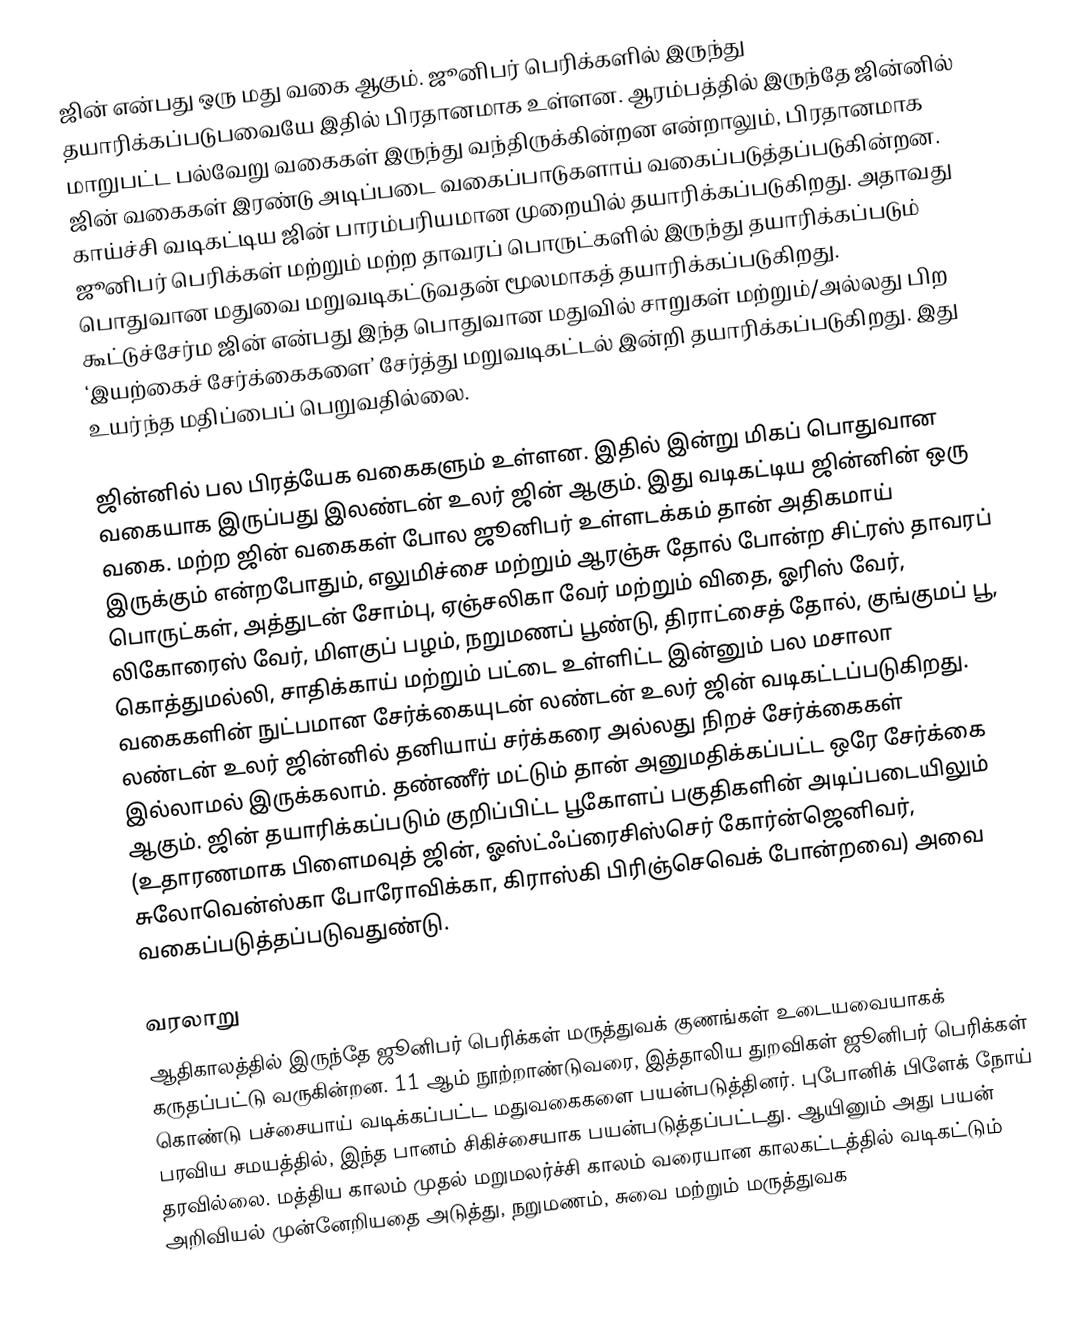
ஜின் என்பது ஒரு மது வகை ஆகும். ஜூனிபர் பெரிக்களில் இருந்து தயாரிக்கப்படுபவையே இதில் பிரதானமாக உள்ளன. ஆரம்பத்தில் இருந்தே ஜின்னில் மாறுபட்ட பல்வேறு வகைகள் இருந்து வந்திருக்கின்றன என்றாலும், பிரதானமாக ஜின் வகைகள் இரண்டு அடிப்படை வகைப்பாடுகளாய் வகைப்படுத்தப்படுகின்றன. காய்ச்சி வடிகட்டிய ஜின் பாரம்பரியமான முறையில் தயாரிக்கப்படுகிறது. அதாவது ஜூனிபர் பெரிக்கள் மற்றும் மற்ற தாவரப் பொருட்களில் இருந்து தயாரிக்கப்படும் பொதுவான மதுவை மறுவடிகட்டுவதன் மூலமாகத் தயாரிக்கப்படுகிறது. கூட்டுச்சேர்ம ஜின் என்பது இந்த பொதுவான மதுவில் சாறுகள் மற்றும்/அல்லது பிற ‘இயற்கைச் சேர்க்கைகளை’ சேர்த்து மறுவடிகட்டல் இன்றி தயாரிக்கப்படுகிறது. இது உயர்ந்த மதிப்பைப் பெறுவதில்லை.

ஜின்னில் பல பிரத்யேக வகைகளும் உள்ளன. இதில் இன்று மிகப் பொதுவான வகையாக இருப்பது இலண்டன் உலர் ஜின் ஆகும். இது வடிகட்டிய ஜின்னின் ஒரு வகை. மற்ற ஜின் வகைகள் போல ஜூனிபர் உள்ளடக்கம் தான் அதிகமாய் இருக்கும் என்றபோதும், எலுமிச்சை மற்றும் ஆரஞ்சு தோல் போன்ற சிட்ரஸ் தாவரப் பொருட்கள், அத்துடன் சோம்பு, ஏஞ்சலிகா வேர் மற்றும் விதை, ஓரிஸ் வேர், லிகோரைஸ் வேர், மிளகுப் பழம், நறுமணப் பூண்டு, திராட்சைத் தோல், குங்குமப் பூ, கொத்துமல்லி, சாதிக்காய் மற்றும் பட்டை உள்ளிட்ட இன்னும் பல மசாலா வகைகளின் நுட்பமான சேர்க்கையுடன் லண்டன் உலர் ஜின் வடிகட்டப்படுகிறது. லண்டன் உலர் ஜின்னில் தனியாய் சர்க்கரை அல்லது நிறச் சேர்க்கைகள் இல்லாமல் இருக்கலாம். தண்ணீர் மட்டும் தான் அனுமதிக்கப்பட்ட ஒரே சேர்க்கை ஆகும். ஜின் தயாரிக்கப்படும் குறிப்பிட்ட பூகோளப் பகுதிகளின் அடிப்படையிலும் (உதாரணமாக பிளைமவுத் ஜின், ஓஸ்ட்ஃப்ரைசிஸ்செர் கோர்ன்ஜெனிவர், சுலோவென்ஸ்கா போரோவிக்கா, கிராஸ்கி பிரிஞ்செவெக் போன்றவை) அவை வகைப்படுத்தப்படுவதுண்டு.

வரலாறு
ஆதிகாலத்தில் இருந்தே ஜூனிபர் பெரிக்கள் மருத்துவக் குணங்கள் உடையவையாகக் கருதப்பட்டு வருகின்றன. 11 ஆம் நூற்றாண்டுவரை, இத்தாலிய துறவிகள் ஜூனிபர் பெரிக்கள் கொண்டு பச்சையாய் வடிக்கப்பட்ட மதுவகைகளை பயன்படுத்தினர். புபோனிக் பிளேக் நோய் பரவிய சமயத்தில், இந்த பானம் சிகிச்சையாக பயன்படுத்தப்பட்டது. ஆயினும் அது பயன் தரவில்லை. மத்திய காலம் முதல் மறுமலர்ச்சி காலம் வரையான காலகட்டத்தில் வடிகட்டும் அறிவியல் முன்னேறியதை அடுத்து, நறுமணம், சுவை மற்றும் மருத்துவக